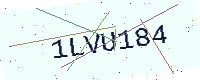
Text: 1LVU184